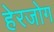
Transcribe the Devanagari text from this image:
हेरजोग